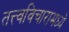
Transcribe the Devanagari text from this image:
तत्त्वविचारामध्ये